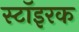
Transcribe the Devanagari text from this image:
स्टॉइरक